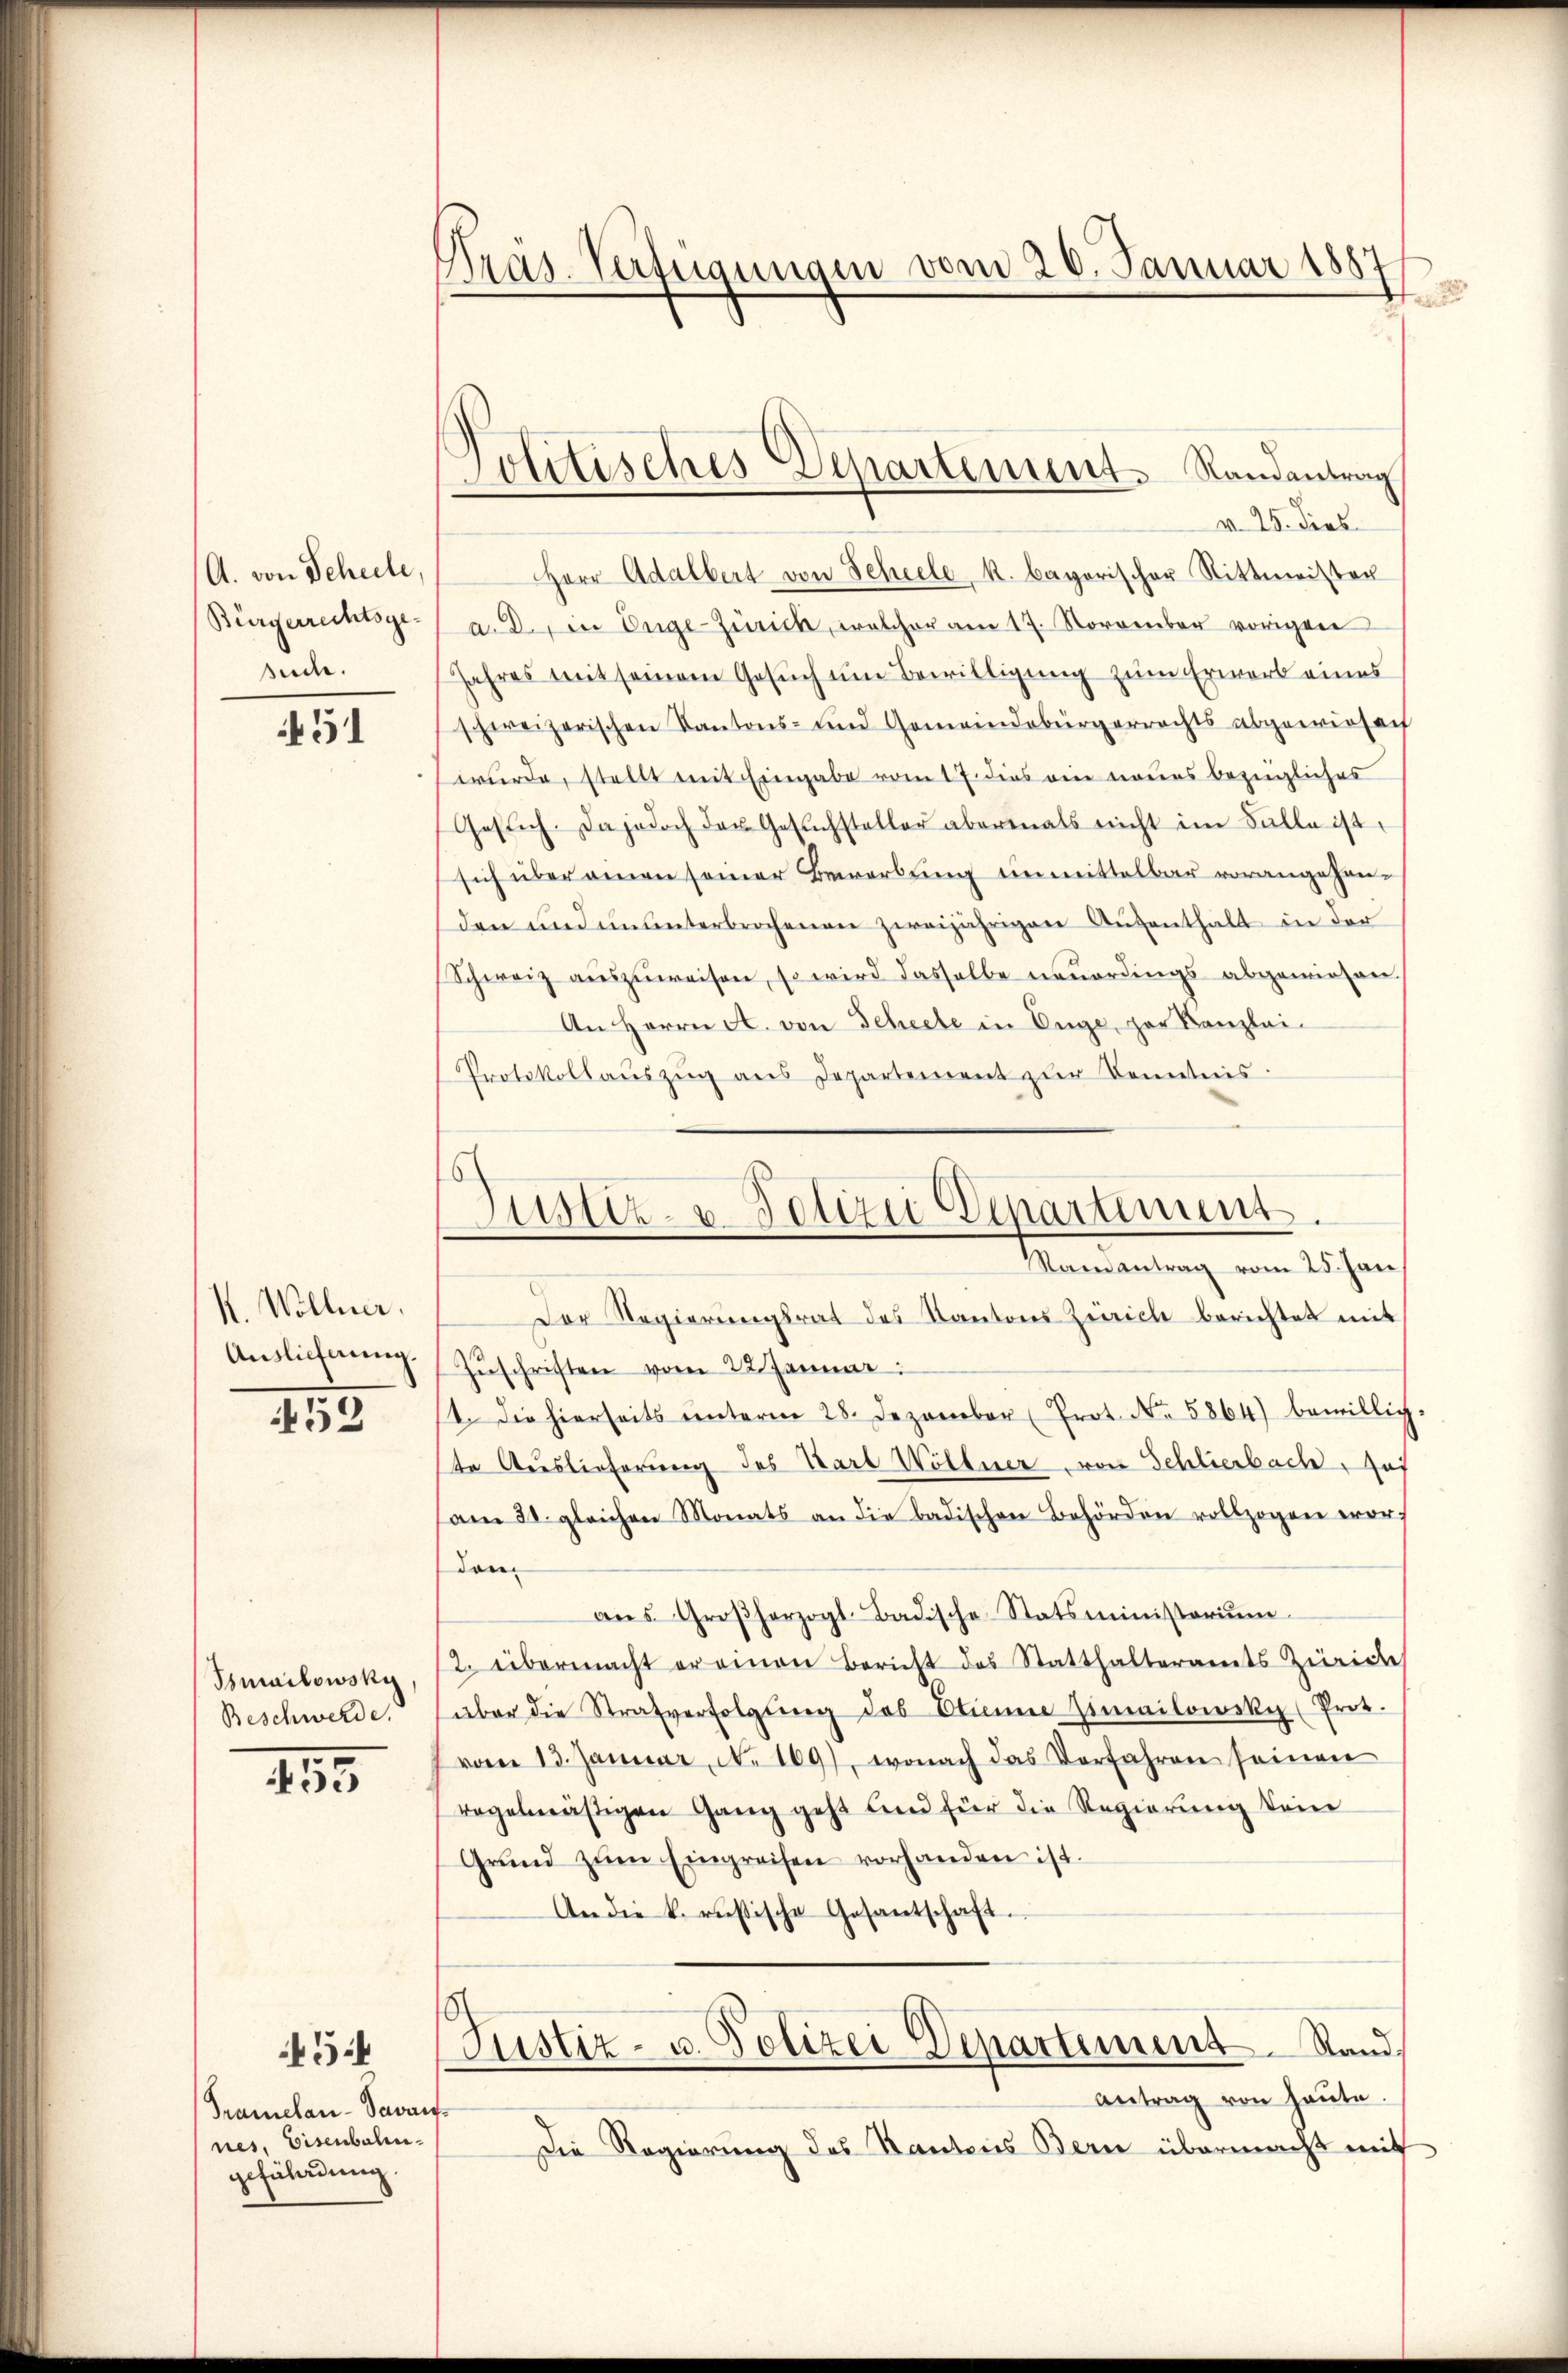
A. von Scheele,
Bürgerrechtsge-
suche.

451

V. Wöllner.
Auslieferung.

52

Ismailowski
Beschwerde.

255

5

Gramelan-Savan
nes, Eisenbalen
geführung

Pras-Verfügungen vom 26. Januar 1887
u

Politisches Departement. Randantrag

Justiz- u. Polizei Departement.
Randantrag vom 25. Jan

v. 25. dies
Herr Adalbert von Scheele k. bayerischer Rittmeister
a. D. in Enge-Zürich, welcher am 17. November vorigen
Jahres mit seinem Gesŭch ŭm Bewilligung zum Erwart eines
schweizerischen Kantons- und Gemeindebürgerrechts abgewiesen
wurde, stellt mit Eingabe vom 17. dies ein neues bezügliches
Gesich. Da jedoch der Gesŭchsteller abermals nicht im Falle ist.
sich überainen seiner Bewerbung unmittelbar vorangehenden und ununterbrochenen zweijährigen Aŭfenthalt in der
Schweiz auszuweisen, so wird dasselbe neuerdings abgewiesen
An Herrn A. von Scheele in Enge, zur Kanzlei-
Protokollaŭszŭg ans Departement zŭr Kenntnis.
Der Regierŭngsrat des Kantons Zürich berichtet mit
Zŭschriften vom 22 Januar:
1. Die hierseits ŭnterm 28. Dezember (Prot. No. 5864) bewillig.
te Auslieferung des Karl Wöllner von Schlierbach Aus
am 31. gleichen Monats an die badischen Behörden vollzogen vorden.
aŭs Großherzogl. Badische Statsministoriŭm
2. übermacht er einen Bericht des Statthalteramts Zürich
über die Strafverfolgŭng des Etienne Zimailowsky (Prot.
vom 13. Januar N. 169), wonach das Verfahren seinen
regelmäßigen Gang geht und für die Regierung dem
Grŭnd zŭm Eingreifen vorhanden ist.
An die k. riesische Gesantschaft.
Justiz- u. Polizei Departement. Stand.
Antrag von heute.
t
Die Regierung des Kantons Bern übermacht mit